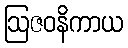
ဩဇဝနိကာယ